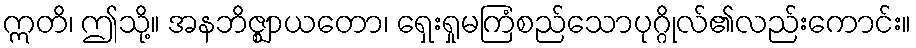
ဣတိ၊ ဤသို့။ အနဘိဇ္ဈာယတော၊ ရှေးရှုမကြံစည်သောပုဂ္ဂိုလ်၏လည်းကောင်း။